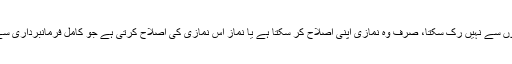
ہر نمازی برائیوں سے نہیں رُک سکتا، صرف وہ نمازی اپنی اصلاح کر سکتا ہے یا نماز اُس نمازی کی اصلاح کرتی ہے جو کامل فرمانبرداری سے ادا کی جائے۔